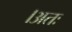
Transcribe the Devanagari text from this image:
।अतः